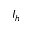
I _ { h }